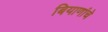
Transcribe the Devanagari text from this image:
बियाणांचे